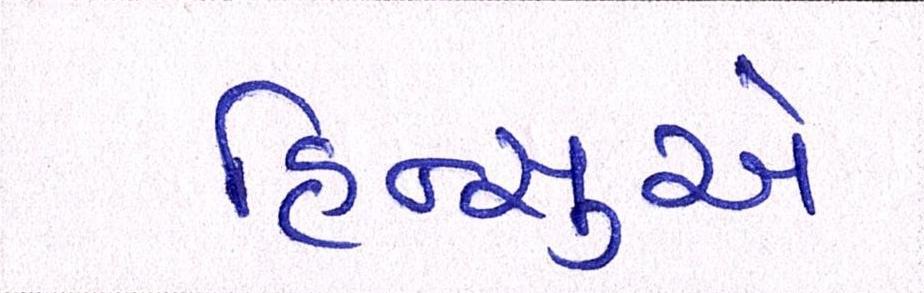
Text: હિન્સુએ